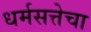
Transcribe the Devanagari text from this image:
धर्मसत्तेचा